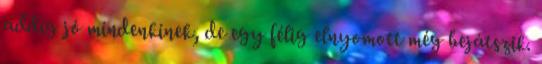
addig jó mindenkinek, de egy félig elnyomott még bejátszik.